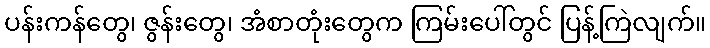
ပန်းကန်တွေ၊ ဇွန်းတွေ၊ အံစာတုံးတွေက ကြမ်းပေါ်တွင် ပြန့်ကြဲလျက်။